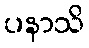
ပနာသိ